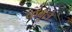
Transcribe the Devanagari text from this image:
कबूले